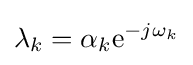
\lambda _{k}=\alpha _{k}\mathrm {e} ^{-j\omega _{k}}